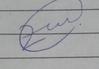
Signature authenticity: genuine